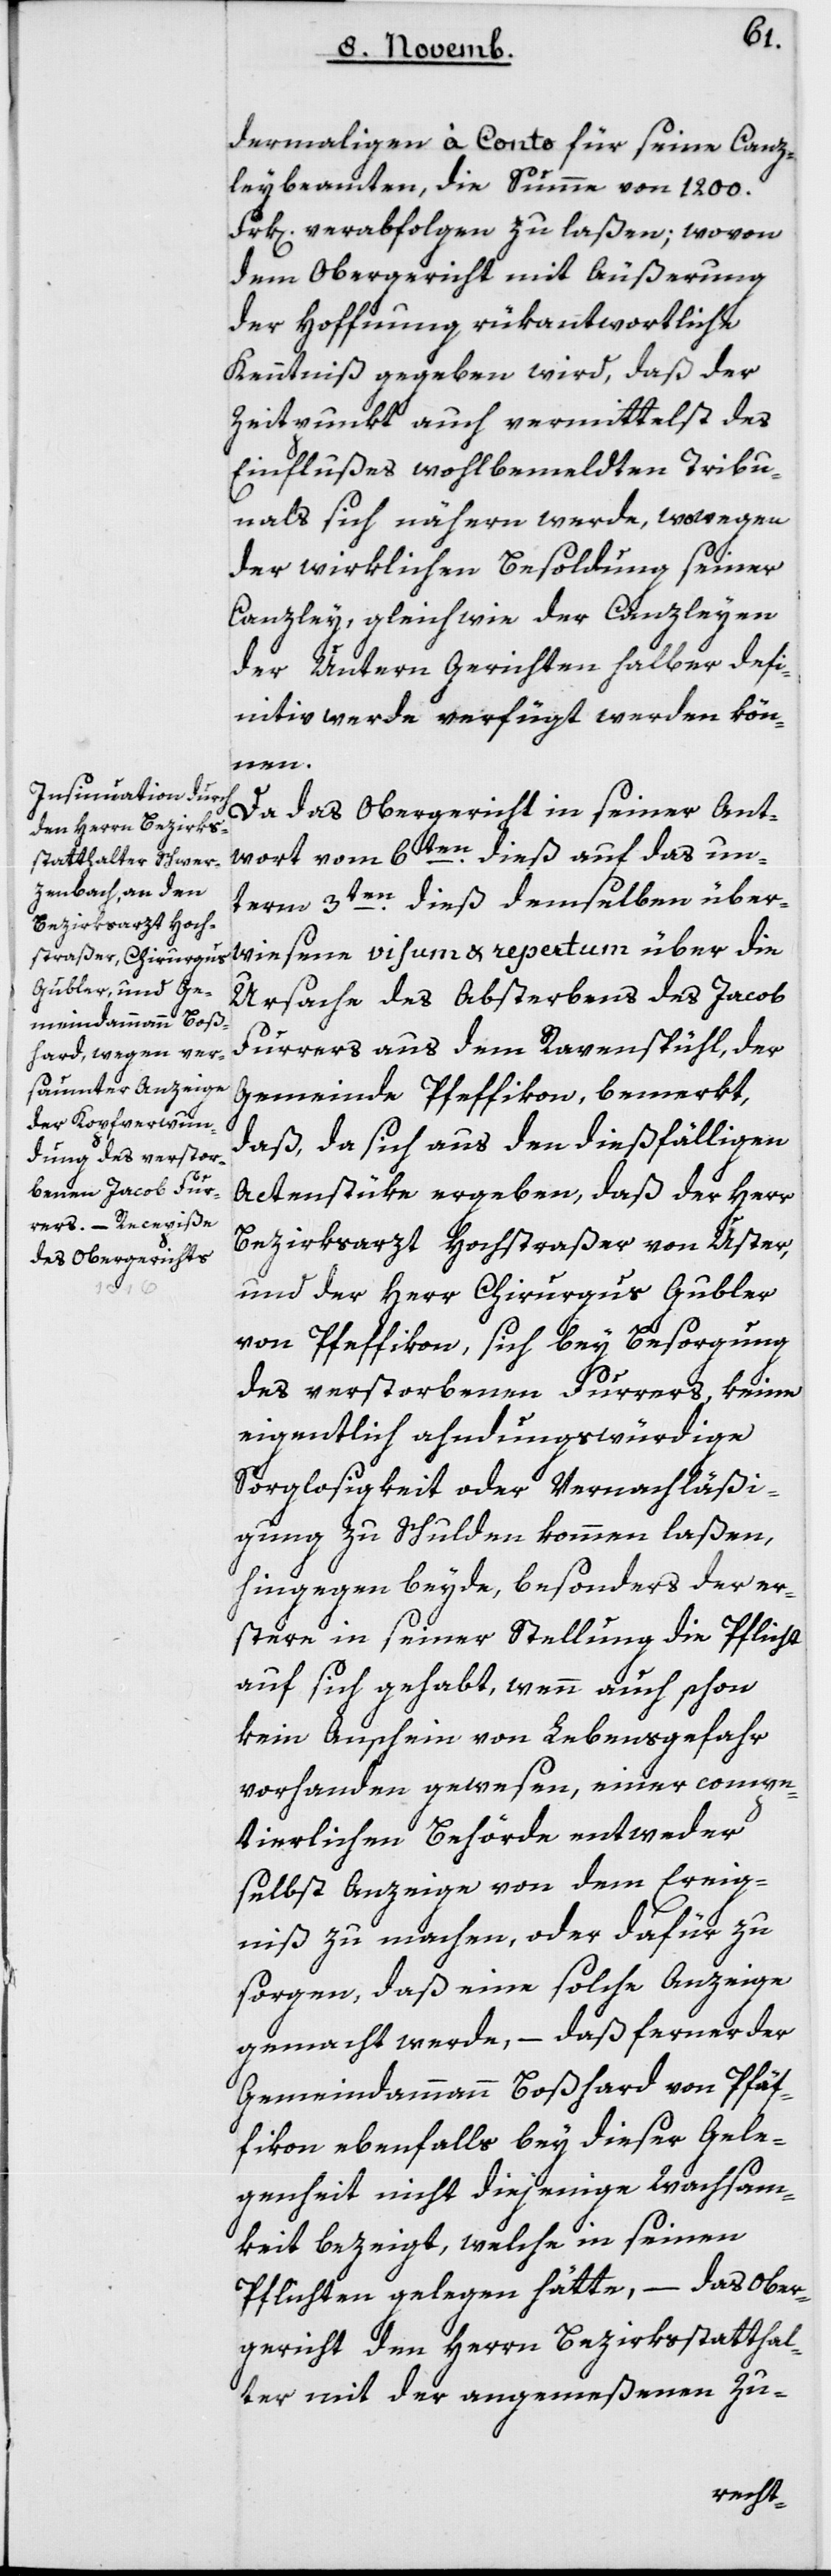
dermahligen à-Conto für seine Canz¬
leybeamten, die Summe von 1200
Frk[en] verabfolgen zu laßen; wovon
dem Obergericht mit Äußerung
der Hoffnung rükantwortliche
Kenntniß gegeben wird, daß der
Zeitpunkt auch vermittelst des
Einflußes wohlbemeldten Tribu¬
nals sich nähern werde, wo wegen
der wirklichen Besoldung seiner
Canzley, gleichwie der Canzleyen
der untern Gerichten halber defi¬
nitiv werde verfügt werden kön¬
nen.
Da das Obergericht in seiner Ant¬
wort vom 6ten dieß, auf das un¬
term 3ten dieß demselben über¬
wiesene visum et repertum über die
Ursache des Absterbens des Jacob
Furrers aus dem Ravenspühl, der
Gemeinde Pfäffikon, bemerkt,
daß, da sich aus den dießfälligen
Actenstüke ergeben, daß der Herr
Bezirksarzt Hochstraßer von Uster,
und der Herr Chirurgus Gubler
von Pfäffikon, sich bey Besorgung
des verstorbenen Furrers, keine
eigentlich ahndungswürdige
Sorglosigkeit oder Vernachläßi¬
gung zu Schulden kommen laßen,
hingegen beyde, besonders der Er¬
stere in seiner Stellung die Pflicht
auf sich gehabt, wenn auch schon
kein Anschein von Lebensgefahr
vorhanden gewesen, einer compe¬
tierlichen Behörde entweder
selbst Anzeige von dem Ereig¬
nis zu machen, oder dafür zu
sorgen, daß eine solche Anzeige
gemacht werde, – daß ferner der
Gemeindammann Boßhard von Pfäf¬
fikon ebenfalls bey dieser Gele¬
genheit nicht diejenige Wachsam¬
keit bezeigt, welche in seinen
Pflichten gelegen hätte, – das Ober¬
gericht den Herrn Bezirksstatthal¬
ter mit der angemeßenen Zu-